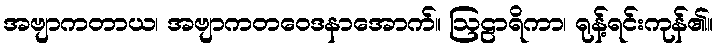
အဗျာကတာယ၊ အဗျာကတဝေဒနာအောက်။ ဩဠာရိကာ၊ ရုန့်ရင်းကုန်၏။